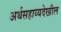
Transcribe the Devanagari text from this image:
अर्थसहाय्यदेखील